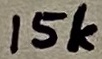
Text: 15k